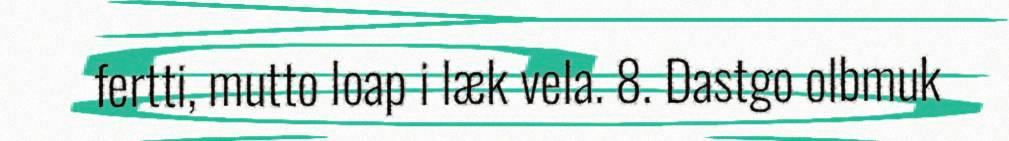
fertti, mutto loap i læk vela. 8. Dastgo olbmuk